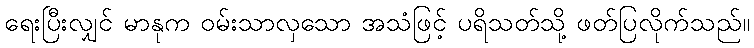
ရေးပြီးလျှင် မာနုက ဝမ်းသာလှသော အသံဖြင့် ပရိသတ်သို့ ဖတ်ပြလိုက်သည်။